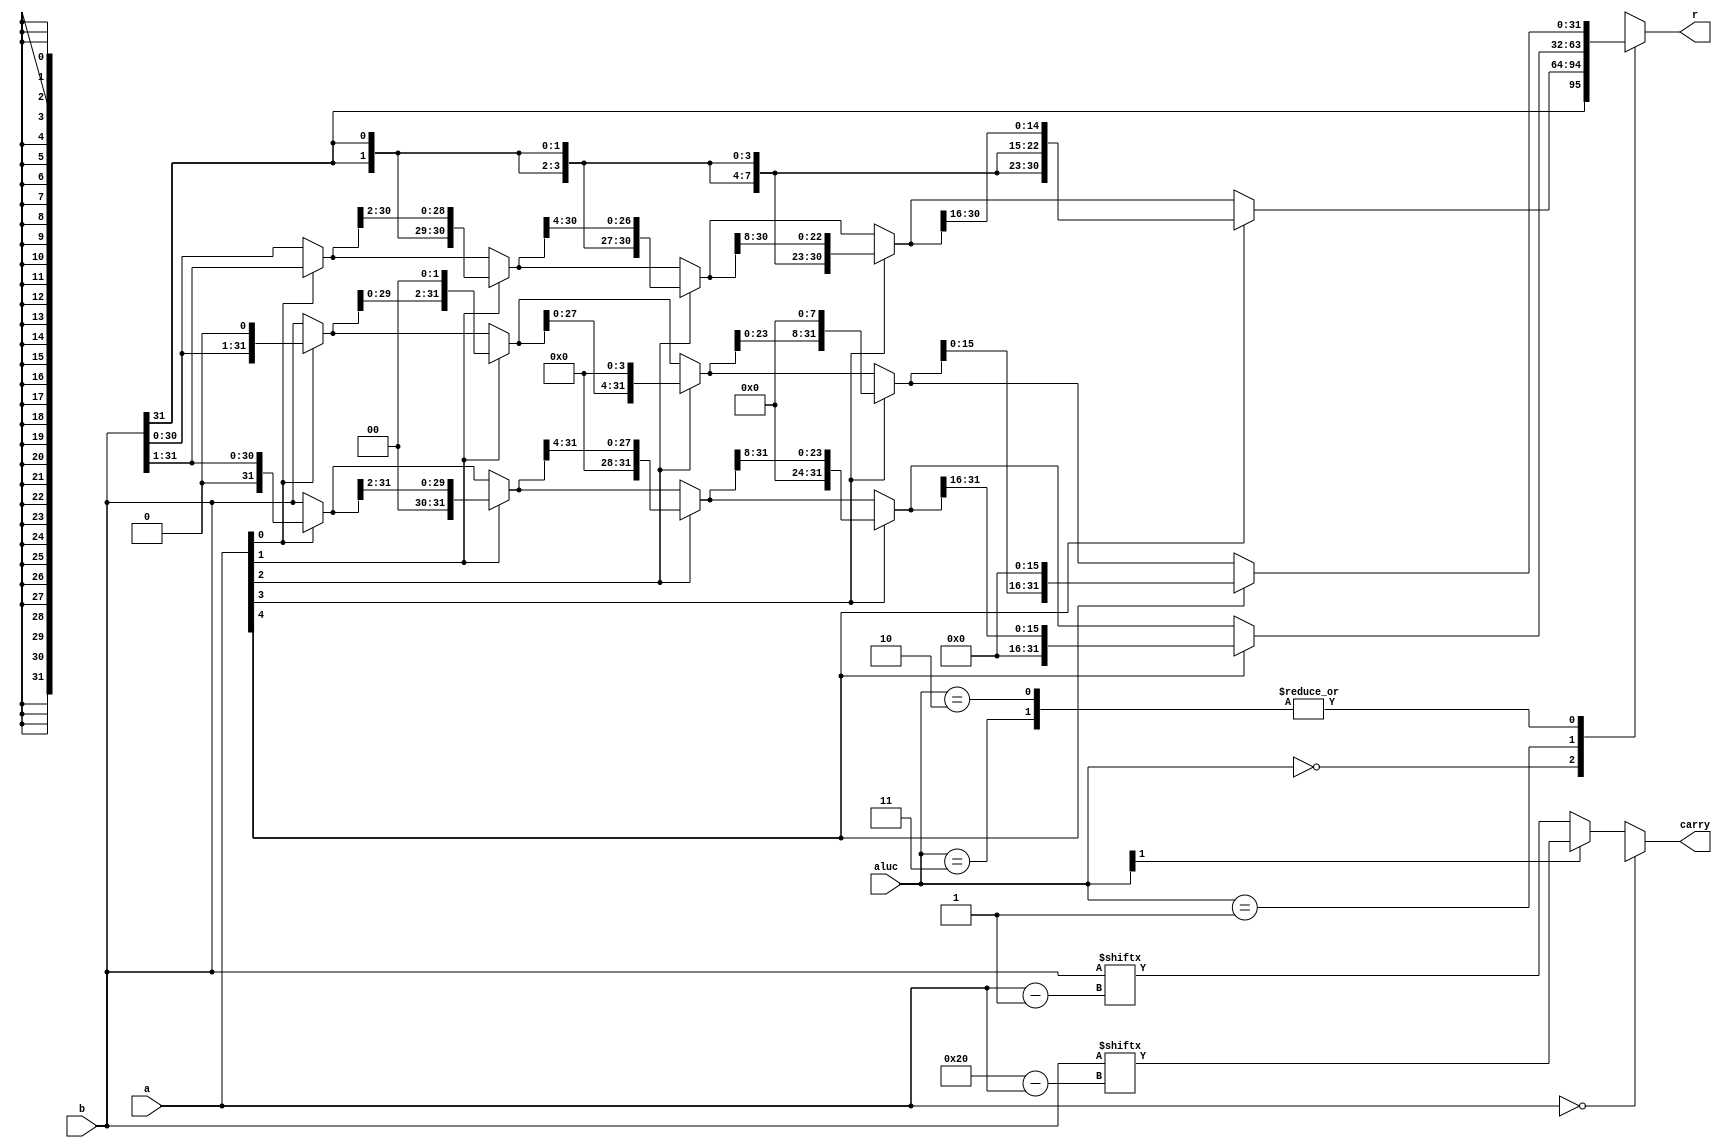
`timescale 1ns / 1ps

module barrel_shifter(a,b,aluc,r,carry);
    input [4:0] a; 
    input [31:0] b; //ba
    input [1:0] aluc;
    output [31:0] r;
    output carry;
    
     reg [31:0] temp;
     assign r=temp;
     reg carry_temp;
     assign carry=carry_temp;
       
     always@(a or b or aluc) begin
     case(aluc)
     2'b00: begin//sra 2'b00
         temp=a[0]?{{b[31]},b[31:1]}:b;
         temp=a[1]?{{2{temp[31]}},temp[31:2]}:temp;
         temp=a[2]?{{4{temp[31]}},temp[31:4]}:temp;
         temp=a[3]?{{8{temp[31]}},temp[31:8]}:temp;
         temp=a[4]?{{16{temp[31]}},temp[31:16]}:temp;
         end
     2'b01: begin //srl
         temp=a[0]?{32'b0,b[31:1]}:b;
         temp=a[1]?{32'b0,temp[31:2]}:temp;
         temp=a[2]?{32'b0,temp[31:4]}:temp;
         temp=a[3]?{32'b0,temp[31:8]}:temp;
         temp=a[4]?{32'b0,temp[31:16]}:temp;
         end
     2'b10,2'b11:begin //slr sll
         temp=a[0]?{{b[30:0]},1'b0}:b;
         temp=a[1]?{{temp[29:0]},2'b0}:temp;
         temp=a[2]?{{temp[27:0]},4'b0}:temp;
         temp=a[3]?{{temp[23:0]},8'b0}:temp;
         temp=a[4]?{{temp[15:0]},16'b0}:temp;
         end
     endcase
     if(a==0)
         carry_temp=1'bx;//
     else begin
     if(aluc[1]) //
         carry_temp=b[32-a];
     else carry_temp=b[a-1];
     end
     end
       
       
endmodule